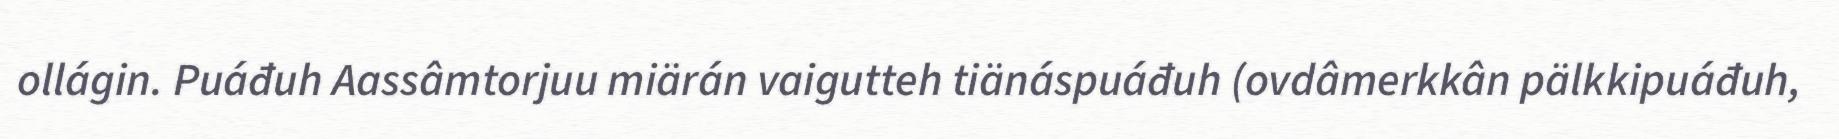
ollágin. Puáđuh Aassâmtorjuu miärán vaigutteh tiänáspuáđuh (ovdâmerkkân pälkkipuáđuh,